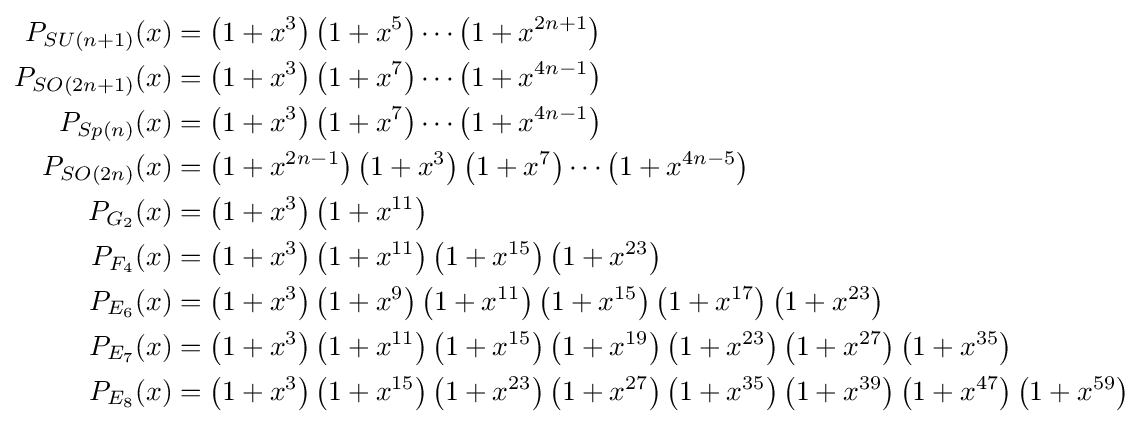
{\begin{aligned}P_{SU(n+1)}(x)&=\left(1+x^{3}\right)\left(1+x^{5}\right)\cdots \left(1+x^{2n+1}\right)\\P_{SO(2n+1)}(x)&=\left(1+x^{3}\right)\left(1+x^{7}\right)\cdots \left(1+x^{4n-1}\right)\\P_{Sp(n)}(x)&=\left(1+x^{3}\right)\left(1+x^{7}\right)\cdots \left(1+x^{4n-1}\right)\\P_{SO(2n)}(x)&=\left(1+x^{2n-1}\right)\left(1+x^{3}\right)\left(1+x^{7}\right)\cdots \left(1+x^{4n-5}\right)\\P_{G_{2}}(x)&=\left(1+x^{3}\right)\left(1+x^{11}\right)\\P_{F_{4}}(x)&=\left(1+x^{3}\right)\left(1+x^{11}\right)\left(1+x^{15}\right)\left(1+x^{23}\right)\\P_{E_{6}}(x)&=\left(1+x^{3}\right)\left(1+x^{9}\right)\left(1+x^{11}\right)\left(1+x^{15}\right)\left(1+x^{17}\right)\left(1+x^{23}\right)\\P_{E_{7}}(x)&=\left(1+x^{3}\right)\left(1+x^{11}\right)\left(1+x^{15}\right)\left(1+x^{19}\right)\left(1+x^{23}\right)\left(1+x^{27}\right)\left(1+x^{35}\right)\\P_{E_{8}}(x)&=\left(1+x^{3}\right)\left(1+x^{15}\right)\left(1+x^{23}\right)\left(1+x^{27}\right)\left(1+x^{35}\right)\left(1+x^{39}\right)\left(1+x^{47}\right)\left(1+x^{59}\right)\end{aligned}}